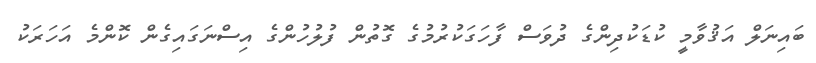
ބައިނަލް އަޤުވާމީ ކުޑަކުދިންގެ ދުވަސް ފާހަގަކުރުމުގެ ގޮތުން ފުލުހުންގެ އިސްނަގައިގެން ކޮންމެ އަހަރަކު